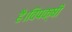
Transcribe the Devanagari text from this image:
है।विपक्षी